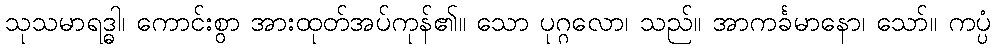
သုသမာရဒ္ဓါ၊ ကောင်းစွာ အားထုတ်အပ်ကုန်၏။ သော ပုဂ္ဂလော၊ သည်။ အာကင်္ခမာနော၊ သော်။ ကပ္ပံ